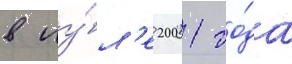
в иу́л'е 2001 го́да